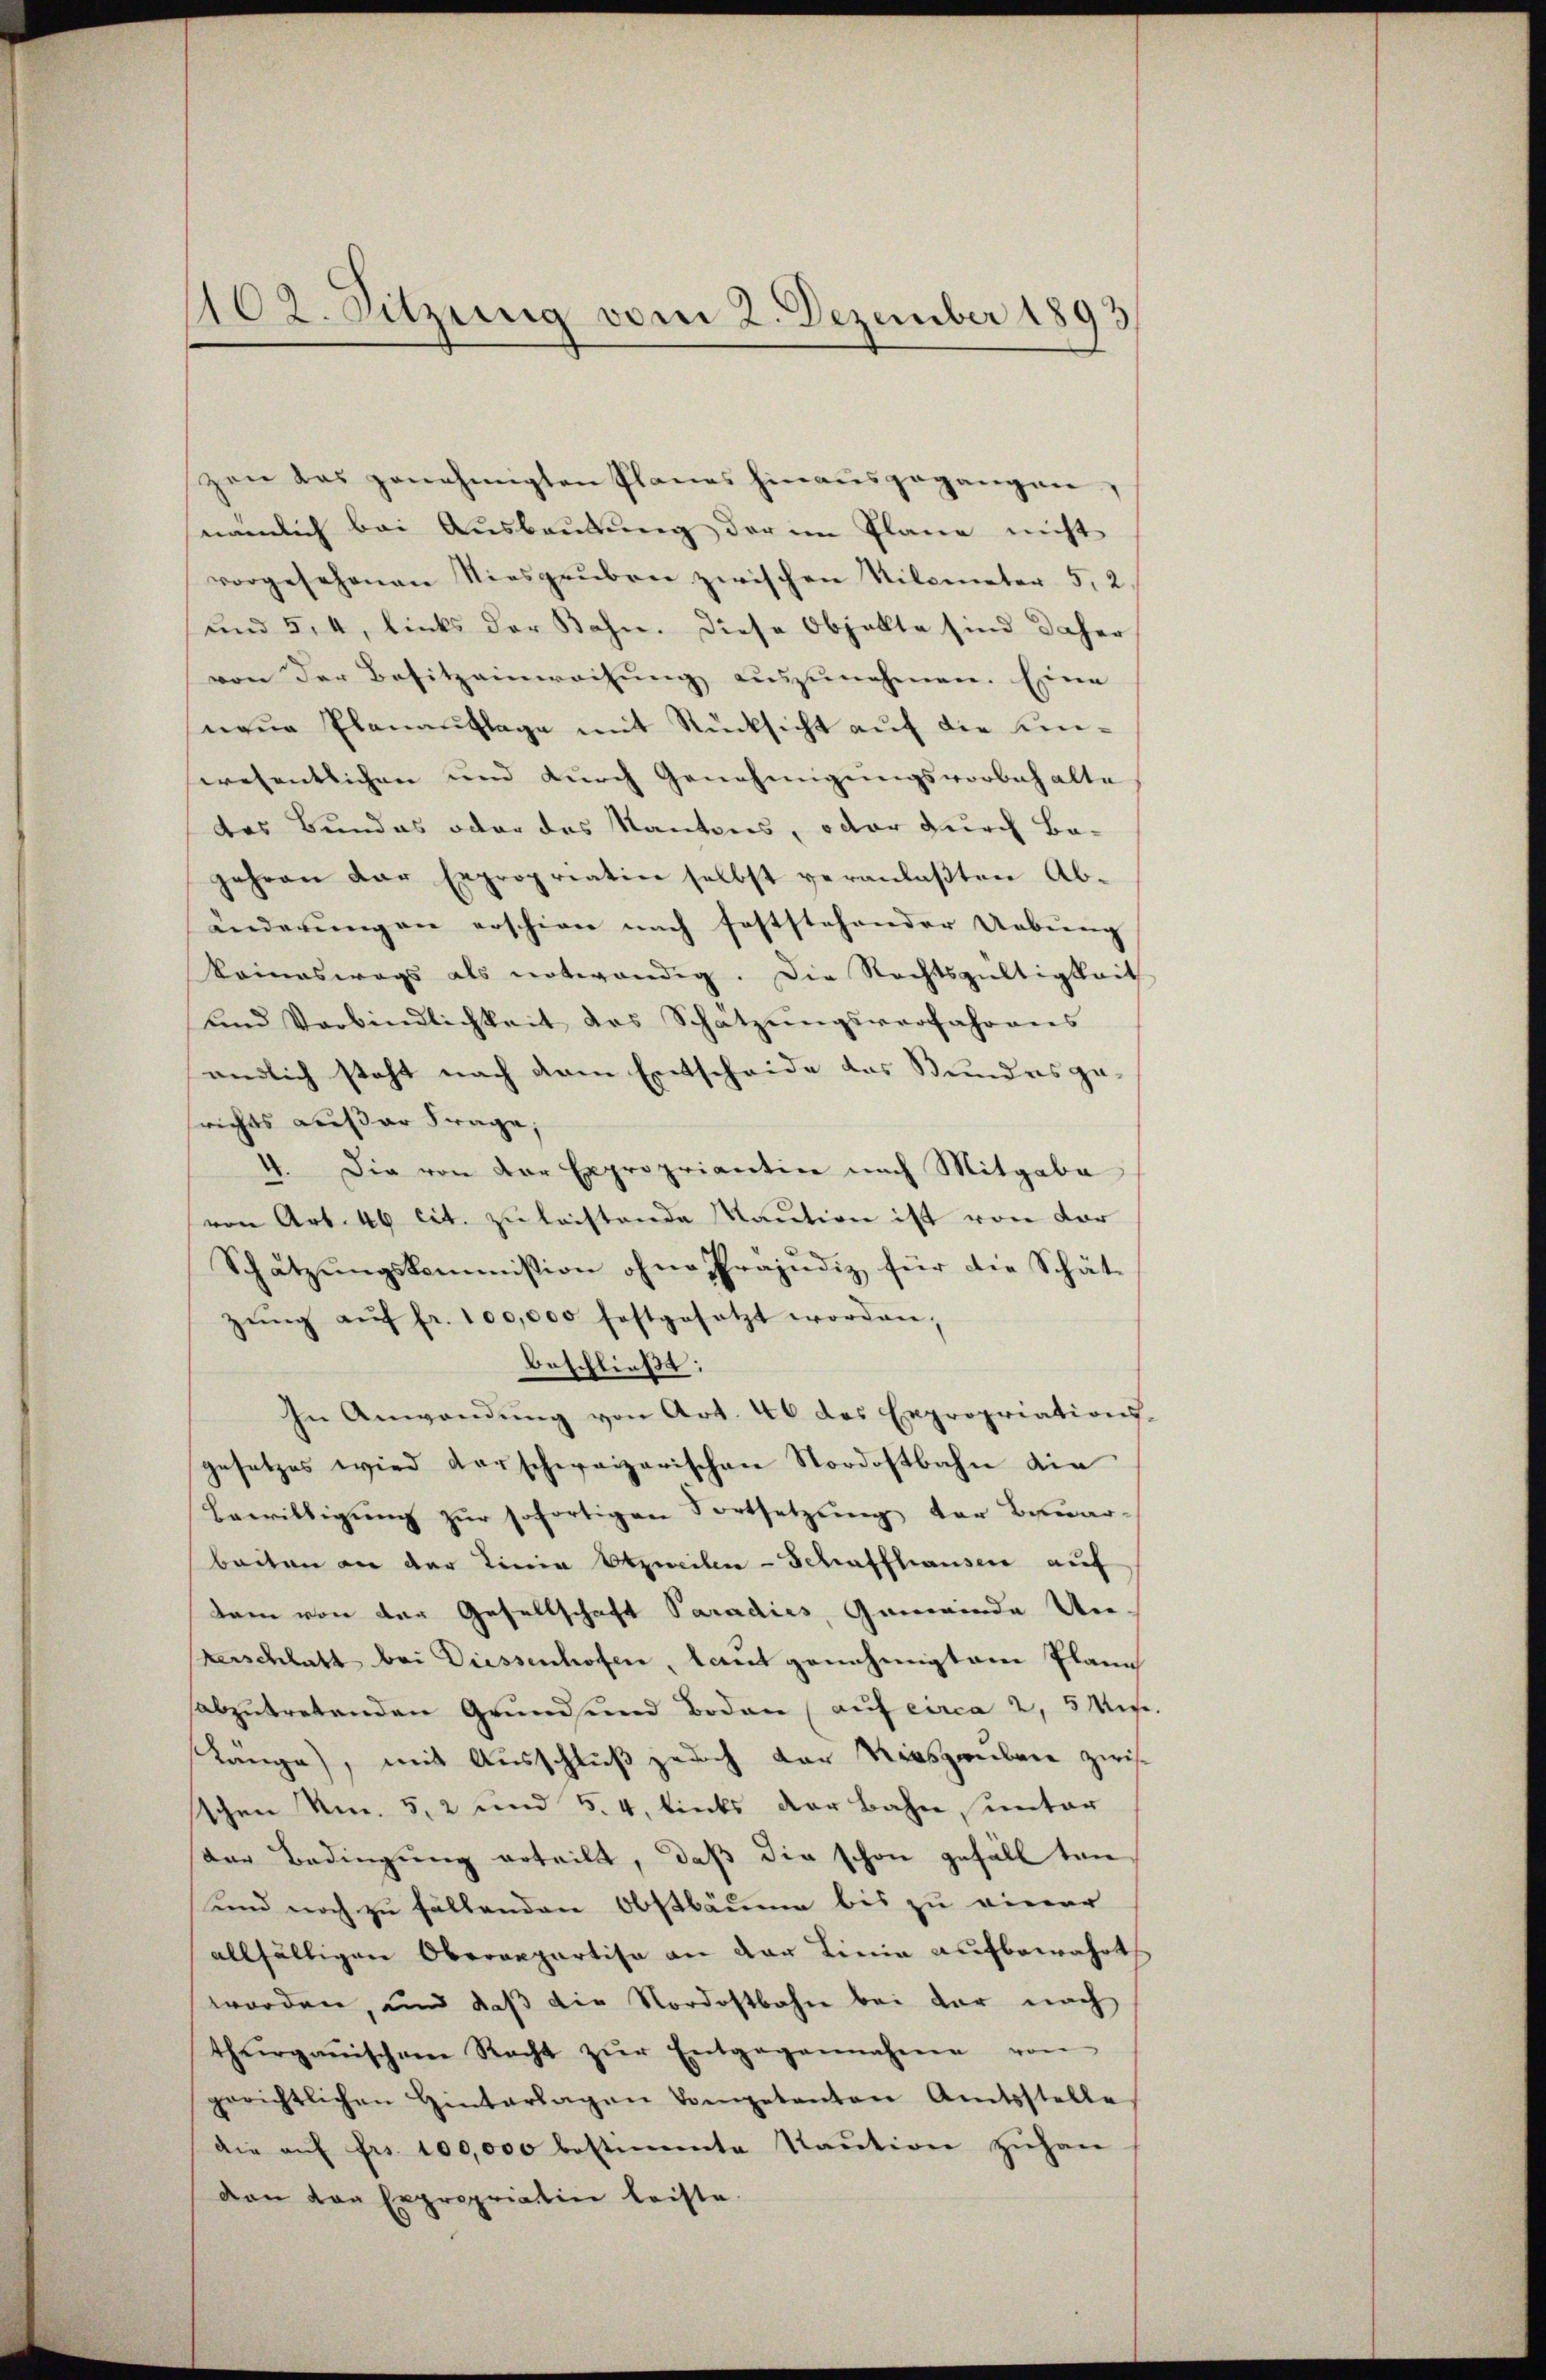
102. Sitzung vom 2. Dezember 1893

zen das genehmigten Planes hinausgegangen,
nämlich bei Ausbeutung der im Plane nicht
vorgesehenen Niesgaŭben zwischen Kilometer 5, 2.
und 5, 4, links der Bahn. Diese Objallte sind daher
von der Besitzeinweihung auszunehmen. Eine
neŭe Planaŭflage mit Rücksicht aŭf die Unwesentlichen und durch Genehmigungsvorbehalte
das Bundes oder das Kantons, oder durch Begehen der Expropriatin selbst veranlaβten Ab-
änderŭngen erschien nach feststehender Uebŭng
komneswegs als notwendig. Die Rechtsgültigkeit
und Verbindlichkeit des Schätzŭngsverfahrens
endlich steht nach dem Entscheide das Stundes gesrichts außer Frage,
Die von der Expropriantin nach Mitgabe
von Art. 46 cit. zŭ leistende Maution ist von dor
Schätzungskommission ohne Präjudiz für die Schätzŭng aŭf fr. 100,000 festgesetzt worden;
beschließt:
In Anwendŭng von Art. 46 das Expropriations-
gesetzes wird darschweizerischen Nordostbahn die
Bewilligung zur sofortigen Fortsetzung der Bewar-
beiten an der Linie Obzweilen - Schaffhausen auf
kam von der Gesellschaft Paradies, Gemeinde Un
Kerschlatt bei Diessenhofen, laut genehmigten Plane
abzŭtretenden Grund und Boden (auf circa 2, 5 Min.
Länge, mit Ausschluß zuach der Rieszenbare zwisschen Nr. 5, 2 und 5.4, links der Bahn, unter
der Bedingung erteilt, daß die schon gefäll tan¬
und noch zu fällenden Obstbäume bis zu einer
allfältigen Oberrepartise an der Linie aufbewahrt
worden, und daß die Nordostbahn bei der nach
thŭrganischen Recht zŭr Entgegennahme von
gerichtlichen Hinterlagen kompetenten Amtsstelle
die aŭf frs. 100,000 bestimmte Taŭtion zŭhan-
dan von Expropriation leiste.